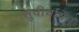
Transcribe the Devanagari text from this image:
सुवीर्याय।।